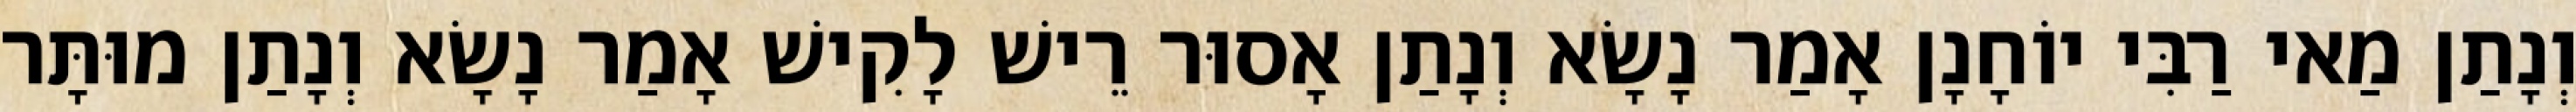
וְנָתַן מַאי רַבִּי יוֹחָנָן אָמַר נָשָׂא וְנָתַן אָסוּר רֵישׁ לָקִישׁ אָמַר נָשָׂא וְנָתַן מוּתָּר